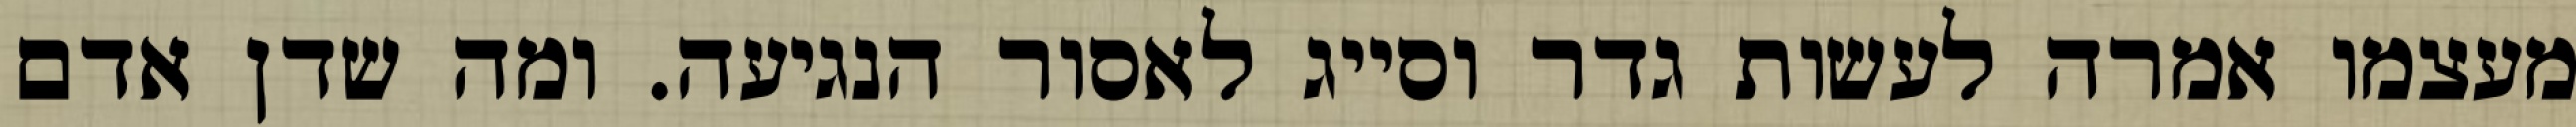
מעצמו אמרה לעשות גדר וסייג לאסור הנגיעה. ומה שדן אדם